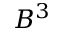
B ^ { 3 }